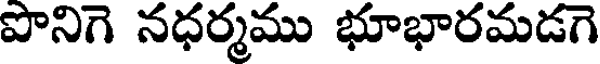
పొనిగె నధర్మము భూభారమడగె